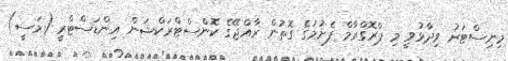
މިނިސްޓަރު ވިދާޅުވީ މި ޕްރޮގްރާމް ފެށުމުގެ ގޮތުން ރާއްޖޭގެ ކޮންސްޓްރަކްޝަން އިންޑަސްޓްރީ (މަސީ)